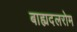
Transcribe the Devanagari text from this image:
बाह्यदलरोम